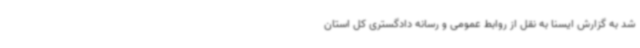
شد به گزارش ایسنا به نقل از روابط عمومی و رسانه دادگستری کل استان